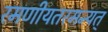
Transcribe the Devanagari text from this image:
रमणीयतरमन्यत्